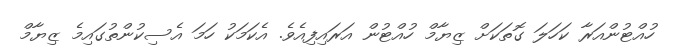
ހުއްޓުންއަރާ ކަހަލަ ގޮތަކަށް ޒިޔާމް ހުއްޓުން އަރައިފިއެވެ. އެކަމަކު ހަމަ އެސިކުންތުގައިމެ ޒިޔާމް